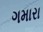
ગમારા